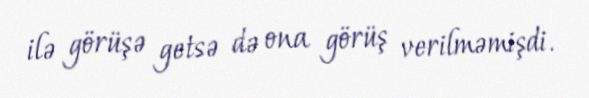
ilə görüşə getsə də ona görüş verilməmişdi.